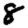
Digit: 8